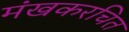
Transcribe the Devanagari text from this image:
मंखकरचित